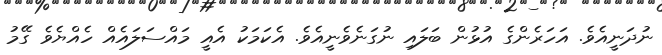
ނުދަނީއެވެ. އަހަރެންގެ އުޅުން ބަލައި ނުގަނެވެނީއެވެ. އެކަމަކު އެއީ މައްސަލައެއް ހެއްޔެވެ ގޭމު